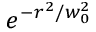
e ^ { - r ^ { 2 } / w _ { 0 } ^ { 2 } }